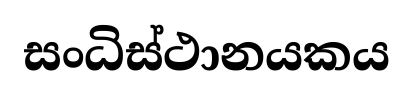
සංධිස්ථානයකය